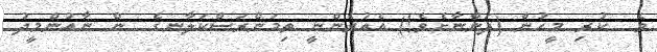
ވެ  ކުރި މީހުން (ދަންނާށެވެ!) އެއުރެންނީ ތިމަންރަސްކަލާނގެ  ން ނާއުންމީދު